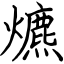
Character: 爊